Language: tamil
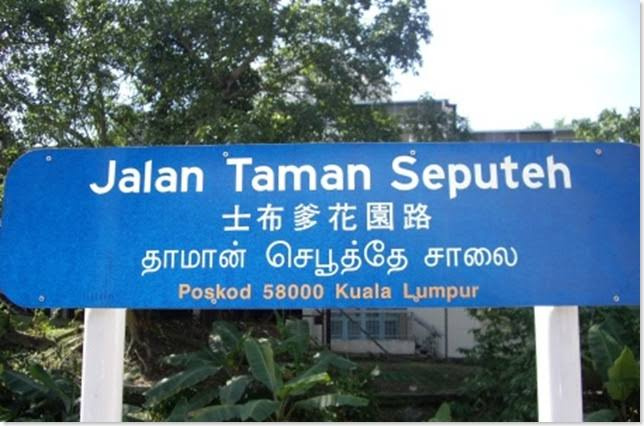
Transcription: தாமான் சாலை செபூத்தே